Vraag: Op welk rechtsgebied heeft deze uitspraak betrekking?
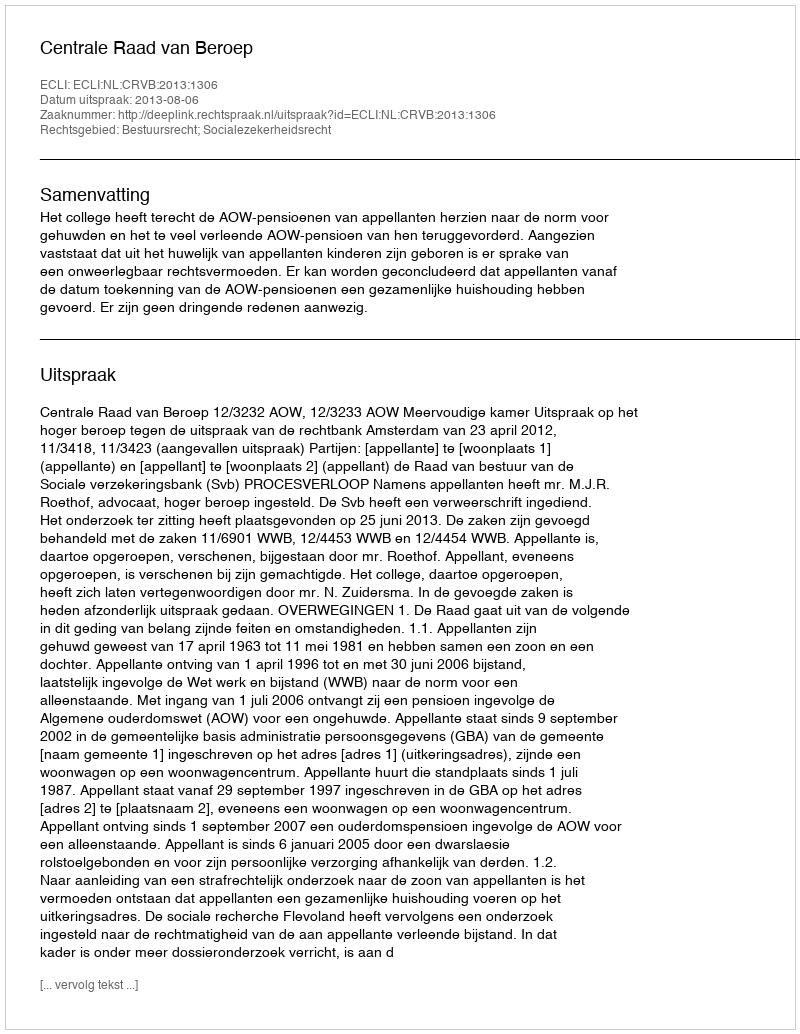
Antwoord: Bestuursrecht; Socialezekerheidsrecht